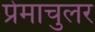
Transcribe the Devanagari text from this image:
प्रेमाचुलर